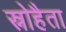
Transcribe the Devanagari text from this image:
स्नोहैता